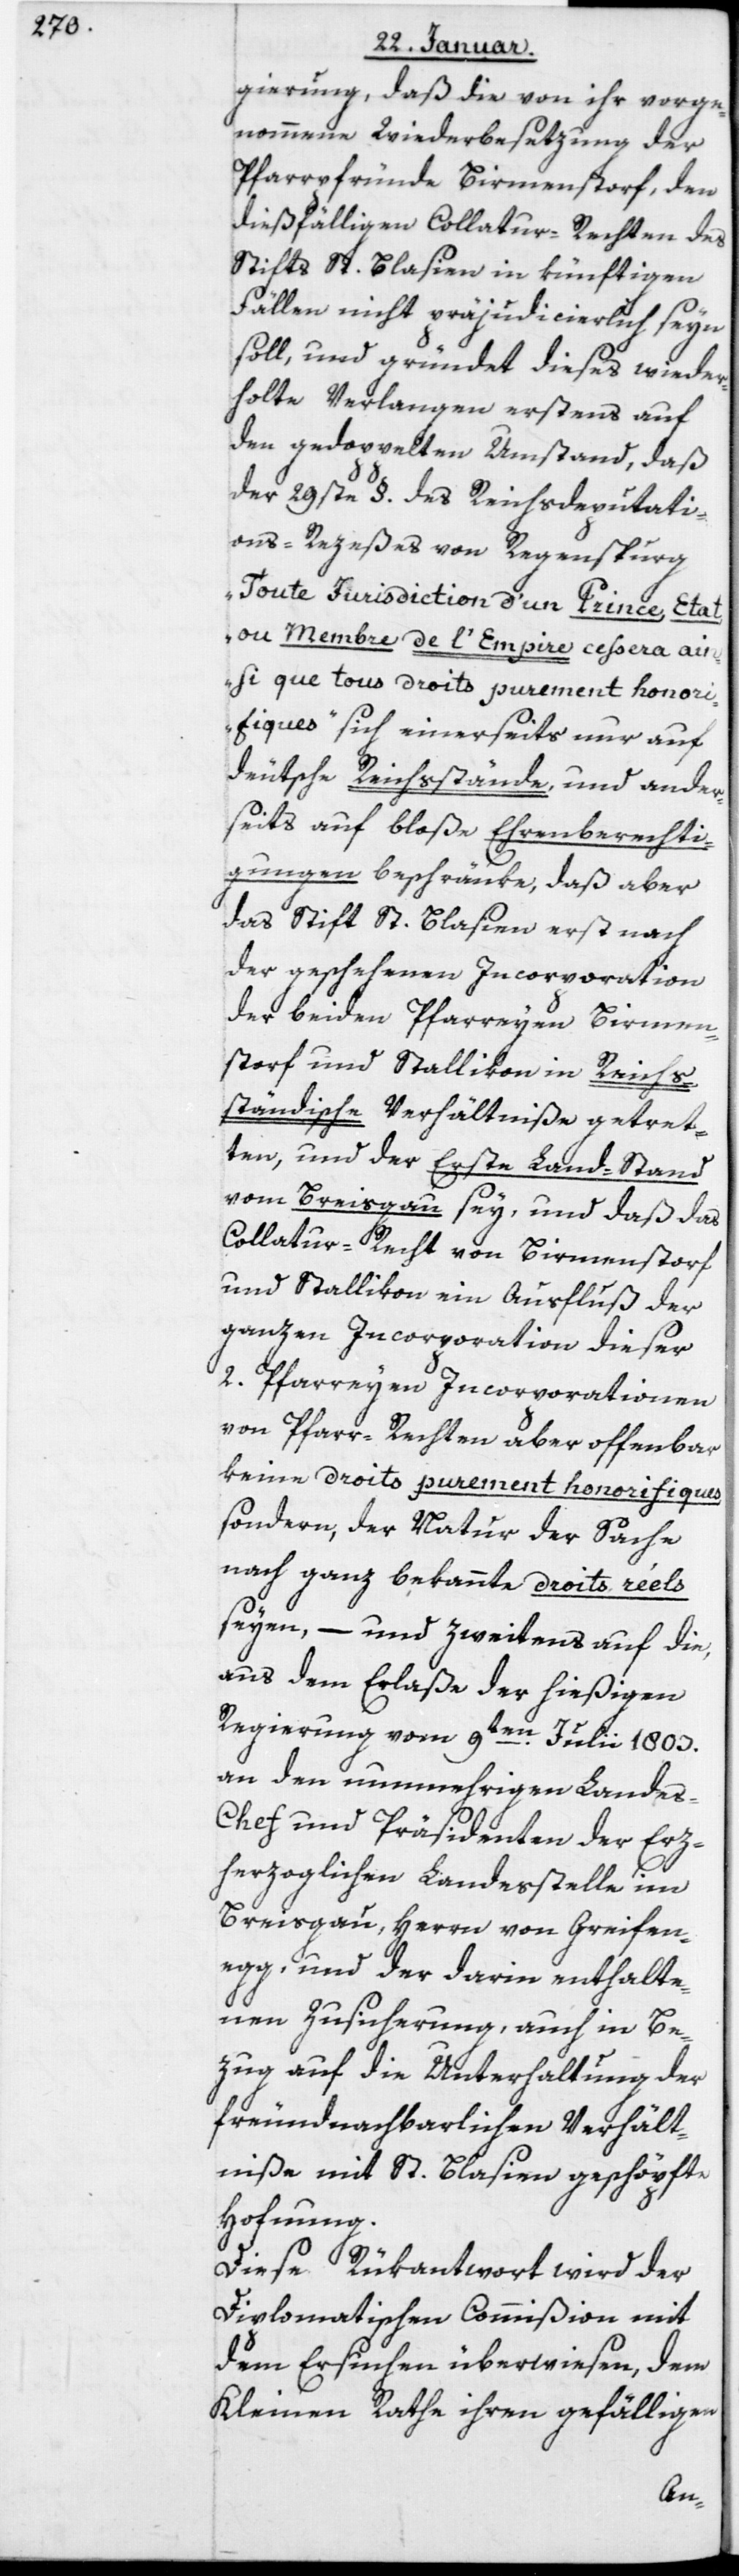
gierung, daß die von ihr vorge¬
nommene Wiederbesetzung der
Pfarrpfründe Birmenstorf, den
dießfälligen Collatur-Rechten des
Stifts St. Blasien in künftigen
Fällen nicht präjudicierlich seyn
soll, und gründet dieses wieder¬
holte Verlangen erstens auf
den gedoppelten Umstand, daß
der 29ste § des Reichsdeputati¬
ons-Rezeßes von Regenspurg
„Toute Jurisdiction d’un Prince Etat
ou Membre de l’Empire ceßera ain¬
si que tous droits purement honor¬
ifiques“ sich einerseits nur auf
deutsche Reichsstände, und ander¬
seits auf bloße Ehrenberechti¬
gungen beschränke, daß aber
das Stift St. Blasien erst nach
der geschehenen Incorporation
der beyden Pfarreyen Birmen¬
storf und Stallikon in reichs¬
ständische Verhältniße getret¬
ten, und der Erste Landstand
vom Breisgau sey, und daß das
Collatur-Recht von Birmenstorf
und Stallikon ein Ausfluß der
ganzen Incorporation dieser
zwey Pfarreyen, Incorporationen
von Pfarr-Rechten aber offenbar
keine droits purement honorifiques,
sondern der Natur der Sache
nach ganz bekannte droits réels
seyen, – und zweytens auf die,
aus dem Erlaße der hießigen
Regierung vom 9ten Julii 1803
an den nunmehrigen Landes¬
chef und Präsidenten der Erz¬
herzoglichen Landesstelle im
Breisgau, Herrn von Greifen¬
egg, und der darin enthalte¬
nen Zusicherung, auch in Be¬
zug auf die Unterhaltung der
freundnachbarlichen Verhält¬
niße mit St. Blasien geschöpfte
Hofnung.
Diese Rükantwort wird der
Diplomatischen Commißion mit
dem Ersuchen überwiesen, dem
Kleinen Rathe ihren gefälligen